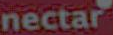
nectar